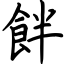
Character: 䬳